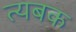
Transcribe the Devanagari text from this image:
त्यबक